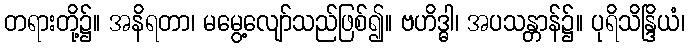
တရားတို့၌။ အနိရတာ၊ မမွေ့လျော်သည်ဖြစ်၍။ ဗဟိဒ္ဓါ၊ အပသန္တာန်၌။ ပုရိသိန္ဒြိယံ၊